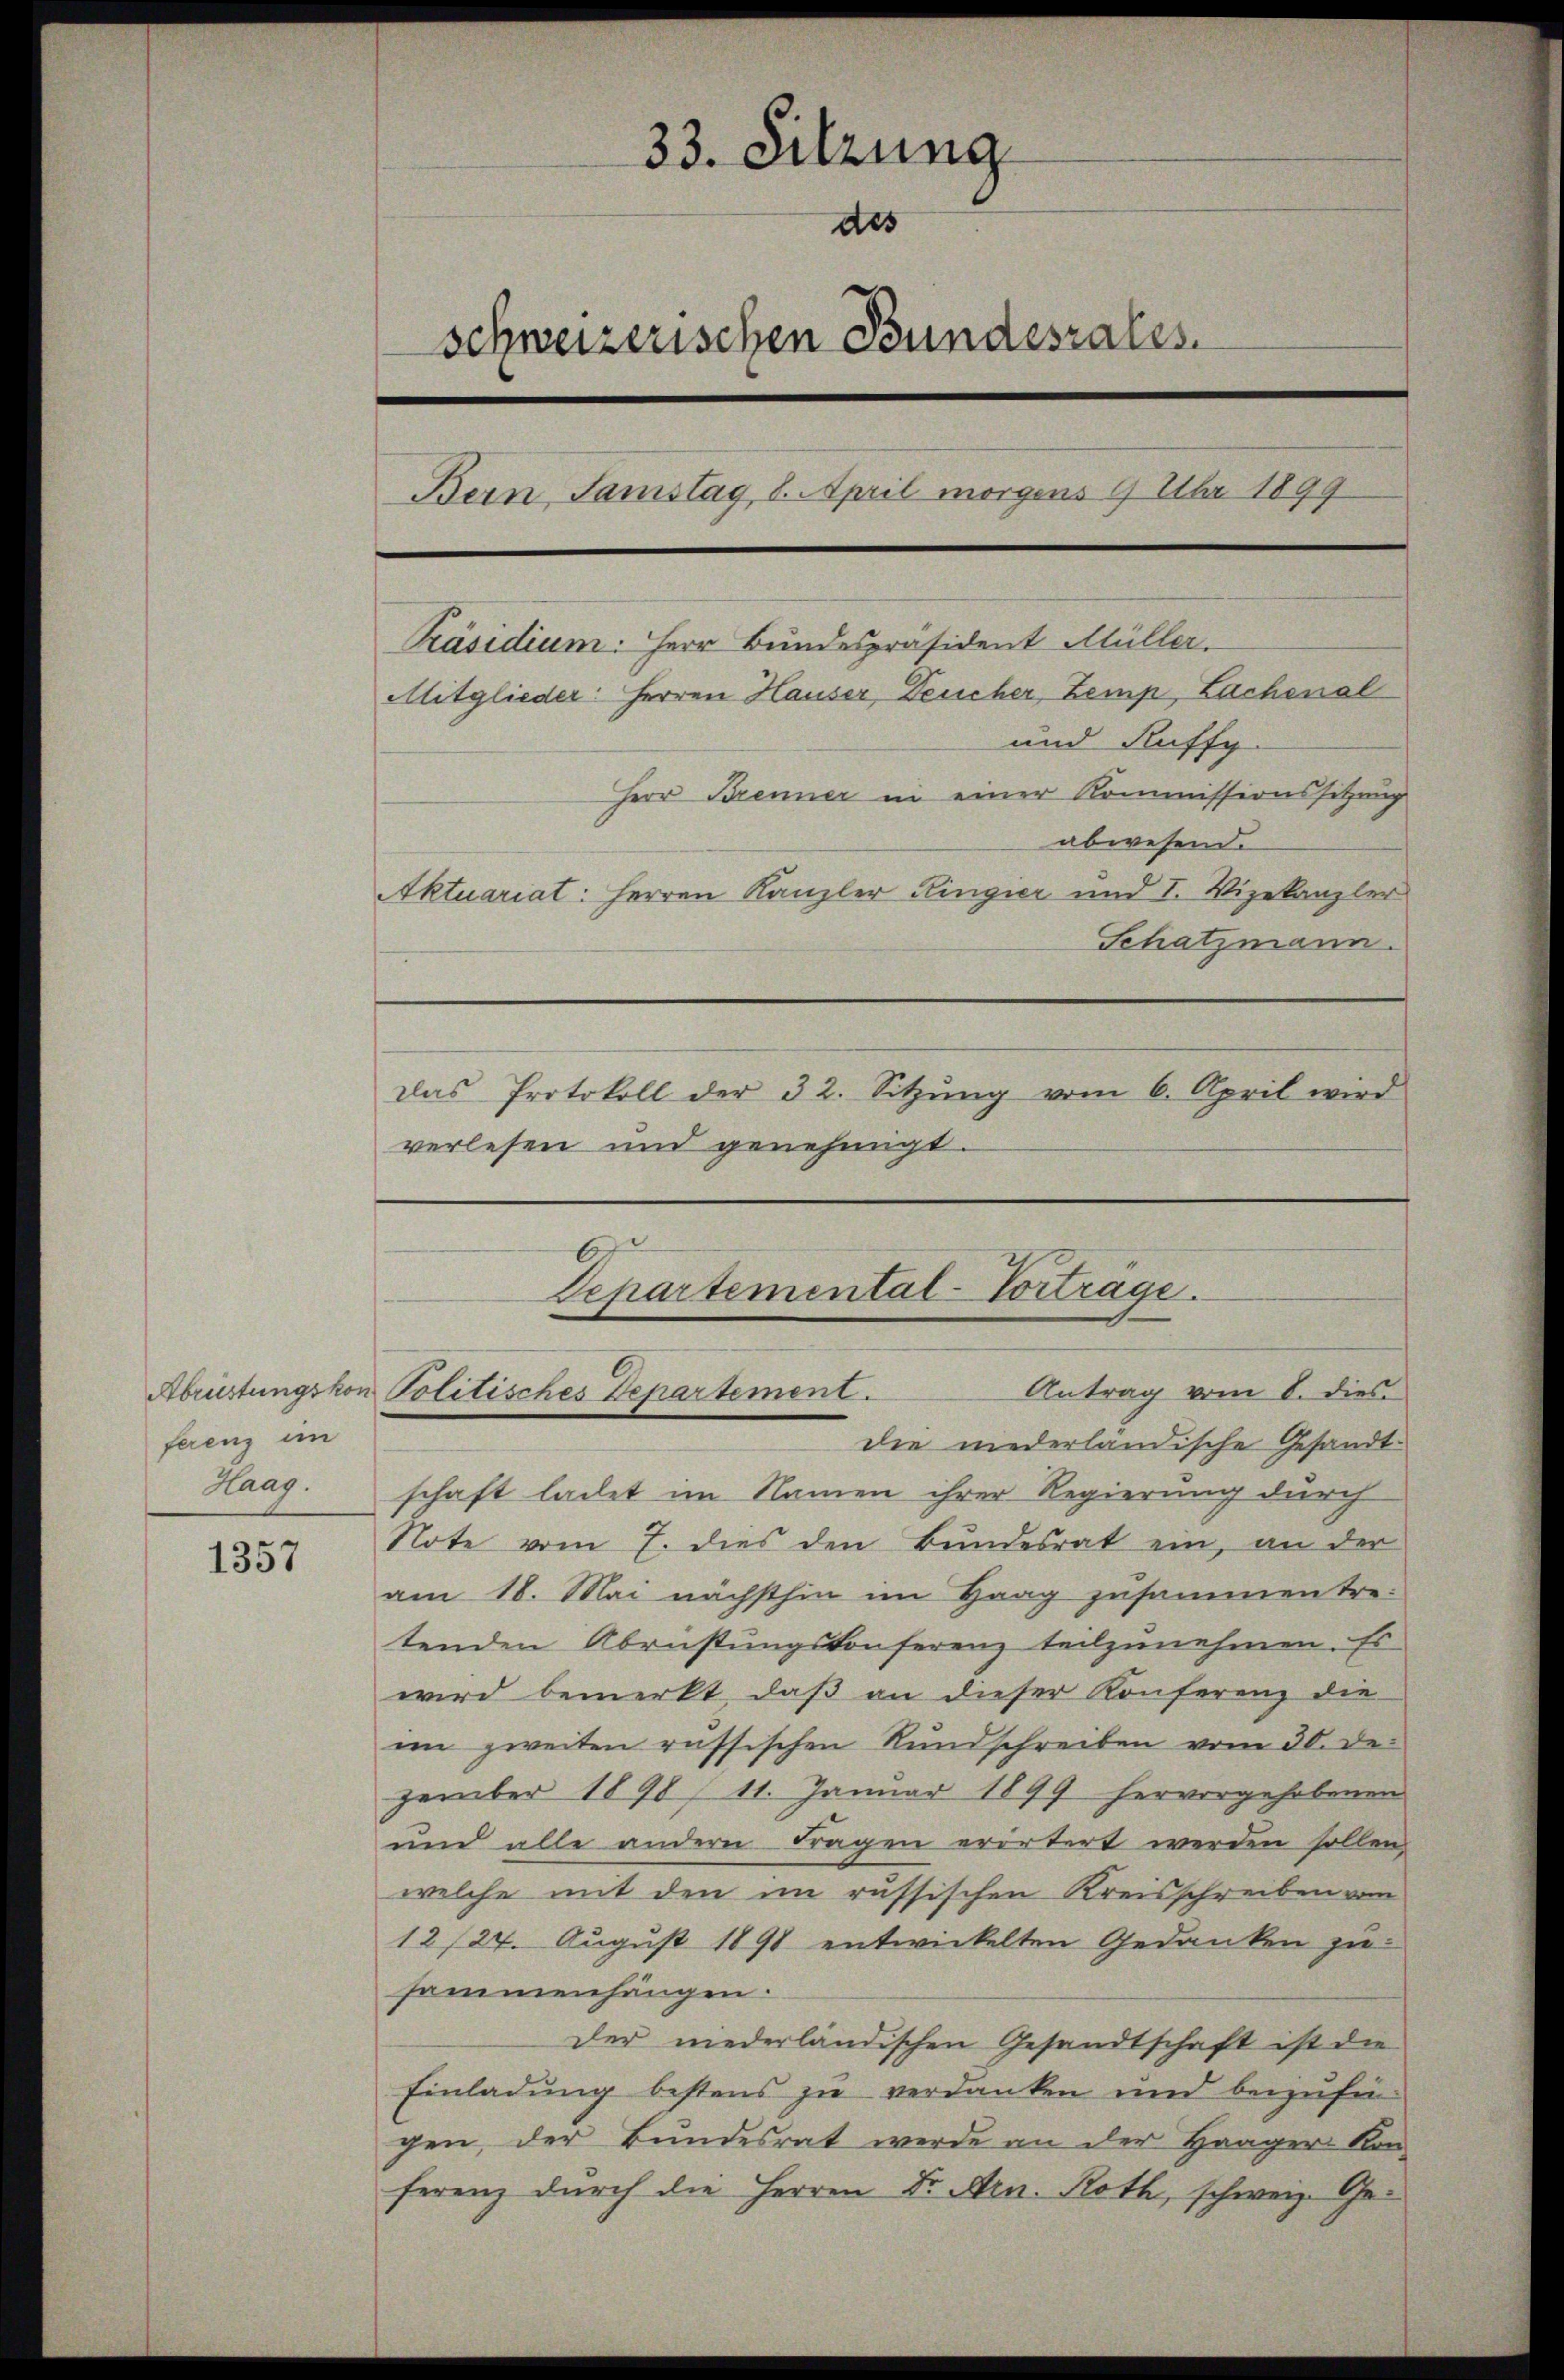
ferenz im

1357

33. Sitzung
des
schweizerischen Bundesrates.
Bern, Samstag 8. April morgens 9 Uhr 1899
Präsidium. Herr Bundespräsident Müller.
Mitglieder: Herren Hauser, Deucher, Zemp, Lachenal
und Kuffg
Herr Brenner in einer Kommissionssitzung
abwesend.
Aktuariat: Herren Kanzler Kingier und I. Vizekanzler
Schatzmann.
Das Protokoll der 32. Sitzŭng vom 6. April wird
verlesen und genehmigt.

Departemental-Vorträge.
Antrag vom 8. dies
Abrüstungskon Politisches Departement.

die niederländische Gesandt-
Haagschaft ladet im Namen ihrer Regierung durch
Note vom 7. dies den Bundesrat ein, an der
am 18. Mai nächsthin im Haag zusammen tretenden Abrüstungskonferenz teilzunehmen. Es
wird bemerkt, daß an dieser Konferenz die
im zweiten russischen Rundschreiben vom 30. Dezember 1898 (11. Januar 1899 hervorgehobenen
und alle andern Fragen erörtert werden sollen,
welche mit den im russischen Kreisschreiben vom
12/27. August 1891 entwickelten Gedanken zu-
sammenhängen.
der niederländischen Gesandtschaft ist die
Einladung bestens zu verdanken und beizufingen, der Bundesrat werde an der Haager Kon-
ferenz durch die Herren Dr. Arn. Roth, schweiz. Ge¬